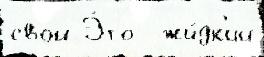
свой Э́то  жи́дк'ий